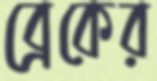
ব্রেকের